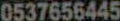
0537656445